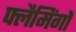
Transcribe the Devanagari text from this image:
फ्लैमिंगों